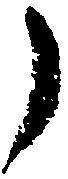
了